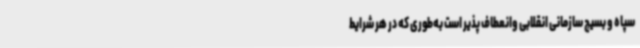
سپاه و بسیج سازمانی انقلابی وانعطاف پذیر است به‌طوری که در هر شرایط